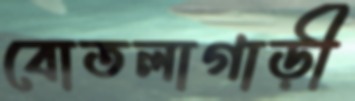
বোতলাগাড়ী